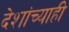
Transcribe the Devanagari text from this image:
देशांच्याही